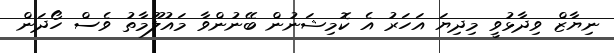
ނިޔާޒް ވިދާޅުވީ މިދިޔަ އަހަރު އެ ކޮމިޝަނުން ބޭނުންވާ މައުލޫމާތު ވެސް ހޯދަން